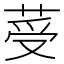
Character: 𦰹